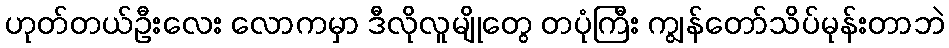
ဟုတ်တယ်ဦးလေး လောကမှာ ဒီလိုလူမျိုတွေ တပုံကြီး ကျွန်တော်သိပ်မုန်းတာဘဲ